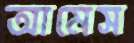
আমেস